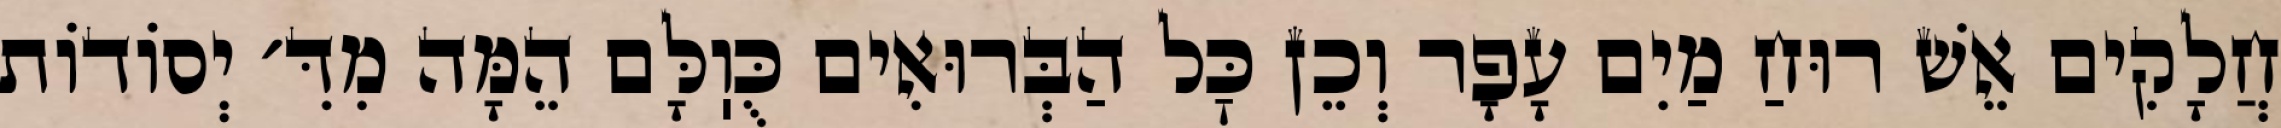
חֲלָקִים אֵשׁ רוּחַ מַיִם עָפָר וְכֵן כׇּל הַבְּרוּאִים כֻּוֽלָּם הֵמָּה מִדִּ׳ יְסוֹדוֹת